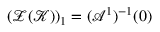
( \mathcal { Z } ( \mathcal { K } ) ) _ { 1 } = ( \mathcal { A } ^ { 1 } ) ^ { - 1 } ( 0 )